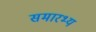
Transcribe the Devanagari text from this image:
समारभ्य